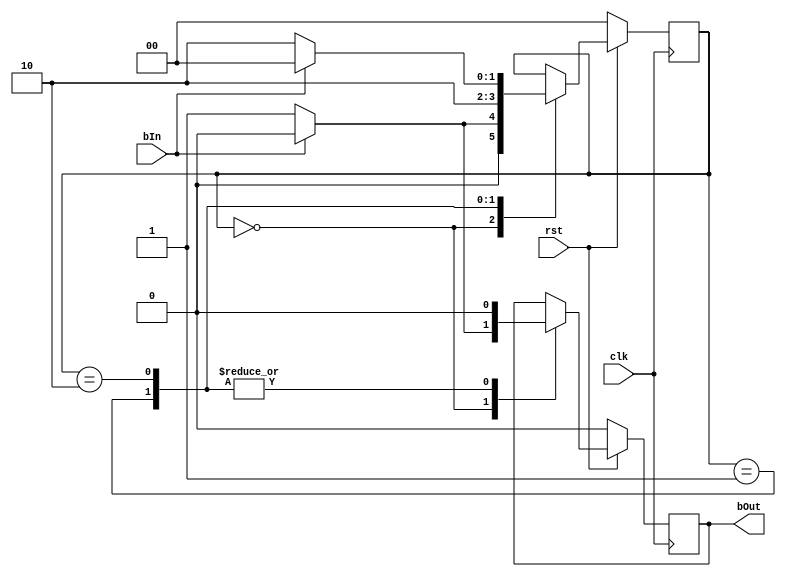
//ECE 5440
//Omar Baig 8007
//shapes the button input to a short high pulse from long low pulse
module button_shaper(clk, rst, bIn, bOut); 
 
 	input 	clk, rst, bIn; 
 	output bOut;  	
	reg  	bOut; 
 	reg [1:0] state; 
 
 	parameter INIT = 2'b00, PULSE = 2'b01, WAIT = 2'b10; 
 
 	always @ (posedge clk) 
 	 	begin 
 	 	 	if(rst == 0) 
 	 	 	 	begin 
 	 	 	 	 	state <= INIT;  	 	
		 	 	 	bOut = 1'b0; 
 	 	 	 	end 
 	 	 	else  	 	 	 	
				begin 
 	 	 	 	 	case(state) 
 	 	 	 	 	 	INIT:   	 	
		 	 	 	 	 	begin 
 	 	 	 	 	 	 	 	if(bIn == 1'b1) 
 	 	 	 	 	 	 	 	 	begin 
 	 	 	 	 	 	 	 	 	 	state = INIT;  	 	 	 	 	 	 	 	 	 	
										bOut = 1'b0; 
	 	 	 	 	 	 	 	 	end 
 	 	 	 	 	 	 		else  	 	 	 	 	 	 	 
									begin 
	 	 	 	 	 	 	 	 	 	state = PULSE; 
 	 	 	 	 	 	 	 	 	 	bOut = 1'b1; 
 	 	 	 	 	 	 	 	 	end  	 	 	 	 	 	
						 	end 
 	 	 	 	 	 	PULSE:   	 	 	 	 	 	 	
							begin 
 	 	 	 	 	 	 	 	state = WAIT;  	 	 	 	 	 	 	 	
								bOut = 1'b0; 
 	 	 	 	 	 	 	end  	 	 	 	 	 	
						WAIT:  	 	 	 	 	 	 	
							begin 
 	 	 	 	 	 	 	 	if(bIn == 1'b1) 
 	 	 	 	 	 	 	 	 	begin 
 	 	 	 	 	 	 	 	 	 	state = INIT;  	 	 	 	 	 	 	 	 	 	
										bOut = 1'b0; 
 	 	 	 	 	 	 	 	 	end  	 	 	 	 	 	 	 	
								else  	 	 	 	 	 	 	 	
								 	begin 
 	 	 	 	 	 	 	 	 	 	state = WAIT;  	 	 	 	 	 	 	 	 	 	
										bOut = 1'b0; 
 	 	 	 	 	 	 	 	 	end  	 	 	 	 	 	 	
							end 
 	 	 	 	 	endcase 
 	 	 	 	end 
 	 	end 
endmodule